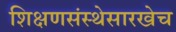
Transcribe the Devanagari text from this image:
शिक्षणसंस्थेसारखेच